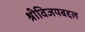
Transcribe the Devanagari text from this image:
श्रीविजयबद्दल